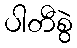
ပါတီစွဲ